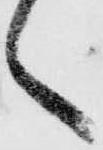
々